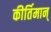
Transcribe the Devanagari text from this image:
कीर्तिमान्